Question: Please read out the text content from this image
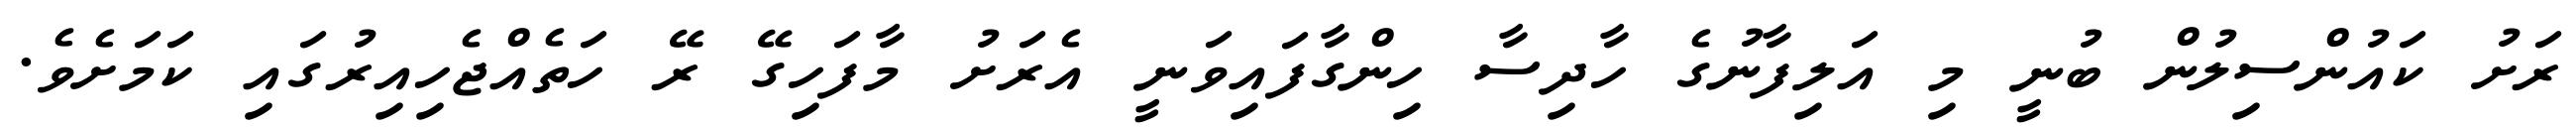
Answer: ރަށު ކައުންސިލުން ބުނީ މި އަލިފާނުގެ ހާދިސާ ހިންގާފައިވަނީ އެރަށު މާފަހިގޭ ރޭ ހަތެއްޖެހިއިރުގައި ކަމަށެވެ.